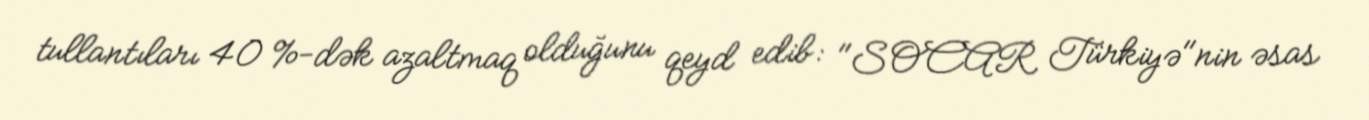
tullantıları 40 %-dək azaltmaq olduğunu qeyd edib: "SOCAR Türkiyə"nin əsas